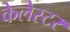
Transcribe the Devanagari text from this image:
केलेस्टर